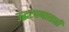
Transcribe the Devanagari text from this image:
उद्धटपणासाठी